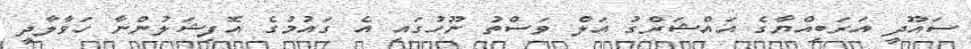
ސައޫދީ އަރަބިއްޔާގެ އައްޝަރްގު އަލް ވަސްތު ނޫހުގައި އެ ގައުމުގެ އޮފިޝަލުންނާ ހަވާލާދީ